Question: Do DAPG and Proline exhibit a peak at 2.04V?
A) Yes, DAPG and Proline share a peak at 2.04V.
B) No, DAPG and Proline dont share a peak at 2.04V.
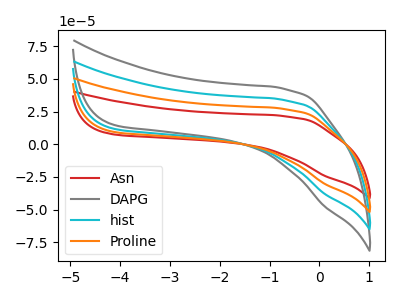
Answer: <think>The red curve "Asn" has no peaks. The gray curve "DAPG" has no peaks. The cyan curve "hist" has no peaks. The orange curve "Proline" has no peaks.</think>
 <answer>B) No, "DAPG" and "Proline" dont share a peak at 2.04V.</answer>
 <eval>B</eval>